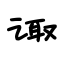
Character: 诹